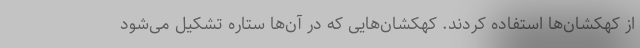
از کهکشان‌ها استفاده کردند. کهکشان‌هایی که در آن‌ها ستاره تشکیل می‌شود